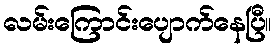
လမ်းကြောင်းပျောက်နေပြီ။